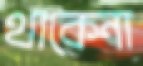
থাকেনা